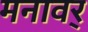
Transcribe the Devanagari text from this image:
मनावर्